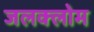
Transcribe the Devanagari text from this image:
जलक्लोम